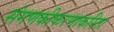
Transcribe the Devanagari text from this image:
संगणकीकरणाकरिता